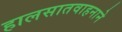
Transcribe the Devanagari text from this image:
हालसातवाहनाने